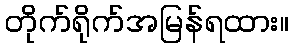
တိုက်ရိုက်အမြန်ရထား။